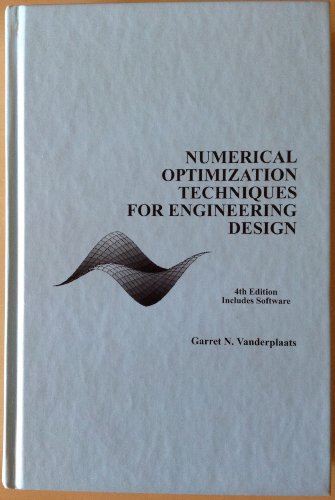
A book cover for Numerical Optimization Techniques For Engineering Design; Garret N. Vanderplaats; Engineering & Transportation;